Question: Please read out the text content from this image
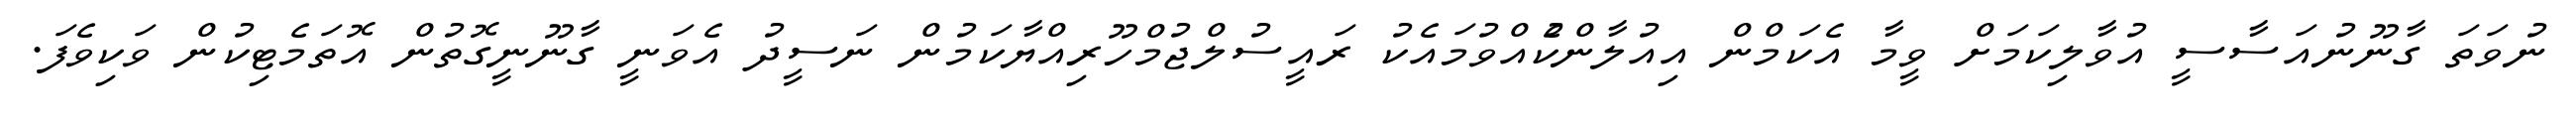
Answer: ނުވަތަ ގާނޫނުއަސާސީ އުވާލިކަމަށް ވީމާ އެކަމްން އިއުލާންކުެއްވުމައެކު ރައީސުލްޖުމްހޫރިއްޔާކަމުން ނަސީދު އެވަނީ ގާނޫނީގޮތުން އޮތަމެޓިކުން ވަކިވެފަ.